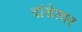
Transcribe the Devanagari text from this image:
दांडेश्वर